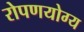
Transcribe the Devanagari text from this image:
रोपणयोग्य